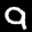
Label: 9